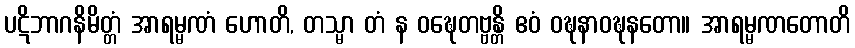
ပဋိဘာဂနိမိတ္တံ အာရမ္မဏံ ဟောတိ, တသ္မာ တံ န ဝဍ္ဎေတဗ္ဗန္တိ ဧဝံ ဝဍ္ဎနာဝဍ္ဎနတော။ အာရမ္မဏတောတိ